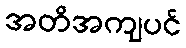
အတိအကျပင်